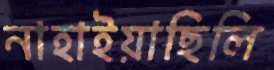
নাহাইয়াছিলি